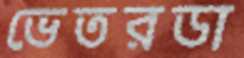
ভেতরডা